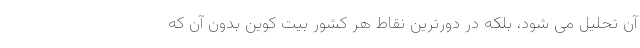
آن تحلیل می شود، بلکه در دورترین نقاط هر کشور بیت کوین بدون آن که